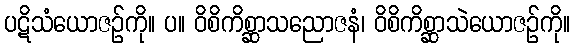
ပဋိသံယောဇဉ်ကို။ ပ။ ဝိစိကိစ္ဆာသညောဇနံ၊ ဝိစိကိစ္ဆာသဲယောဇဉ်ကို။